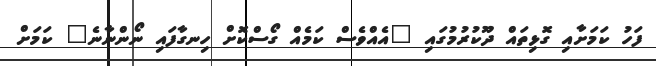
ފަހު ކަމަށާއި ގޮޅިތައް ދޫކުރުމުގައި "އެއްވެސް ކަމެއް ގޯސްކޮށް ހިނގާފައި ނޯންނާނެ" ކަމަށް